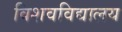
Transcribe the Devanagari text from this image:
विशवविद्यालय